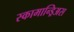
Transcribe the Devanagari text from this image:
स्कामान्ड्रिअस